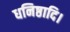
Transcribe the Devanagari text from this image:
धनिष्ठादि।